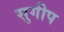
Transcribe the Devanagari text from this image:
सुगीप